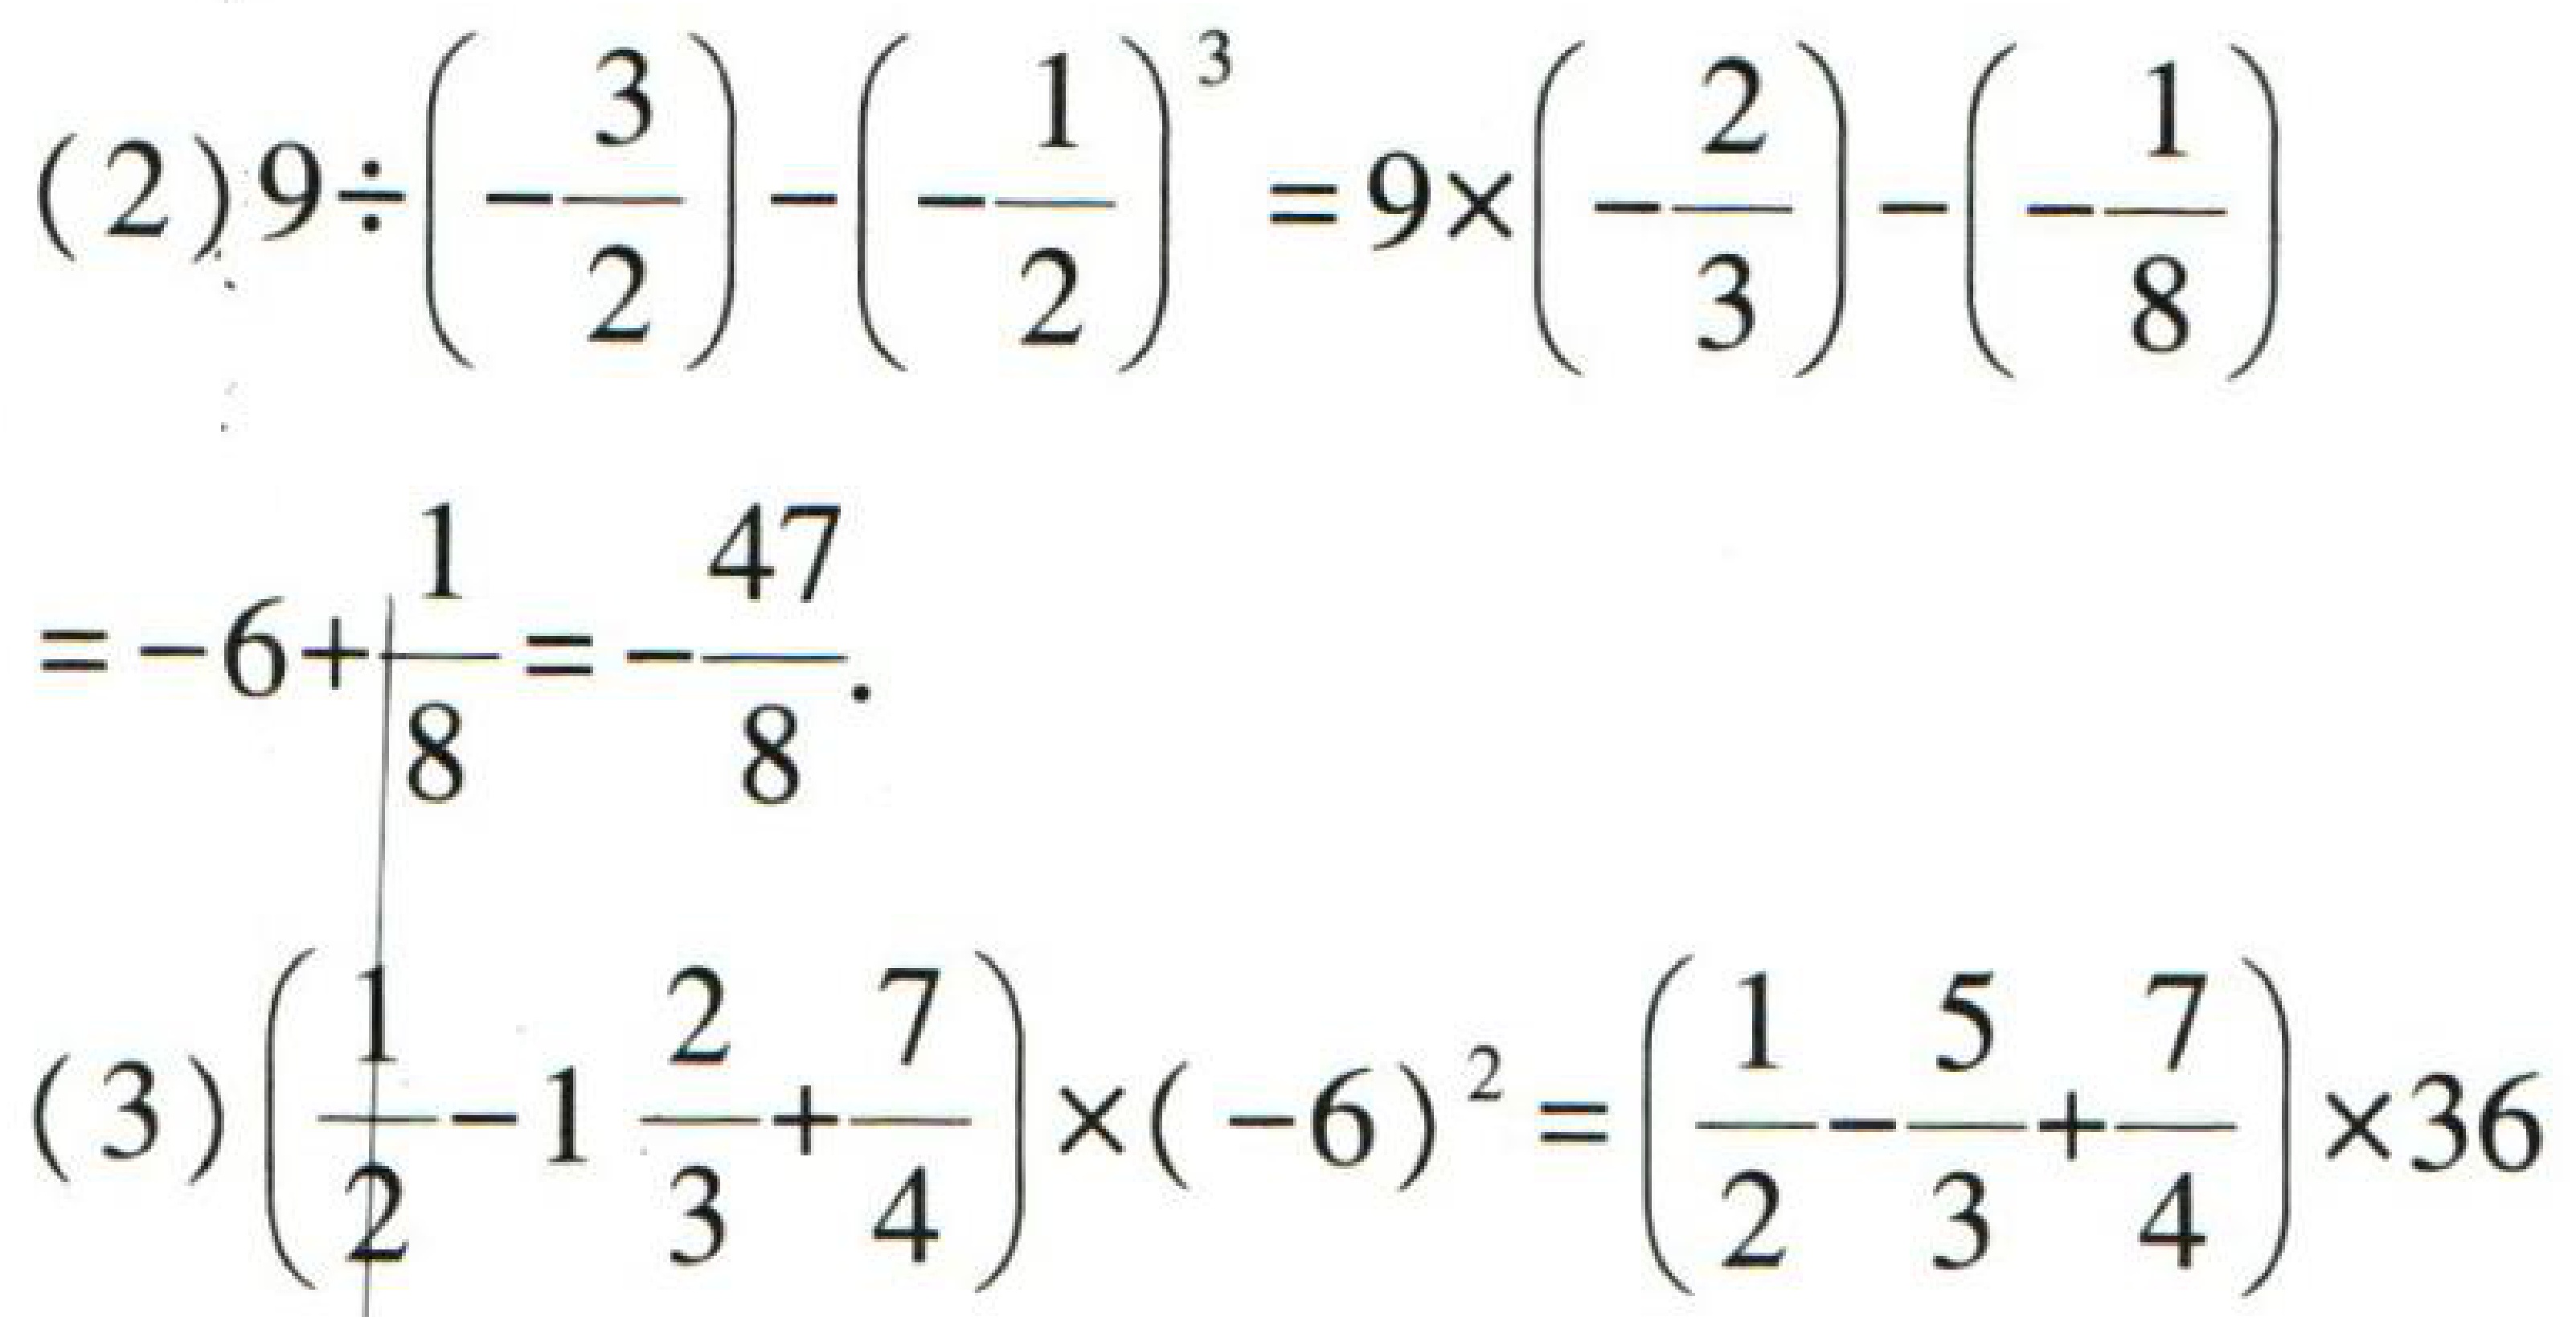
\[
\begin{align*}
&(2)9\div\left(-\frac{3}{2}\right)-\left(-\frac{1}{2}\right)^3 = 9\times\left(-\frac{2}{3}\right)-\left(-\frac{1}{8}\right)\\
=&-6 + \frac{1}{8}=-\frac{47}{8}\\
&(3)\left(\frac{1}{2}-1\frac{2}{3}+\frac{7}{4}\right)\times(-6)^2=\left(\frac{1}{2}-\frac{5}{3}+\frac{7}{4}\right)\times36
\end{align*}
\]